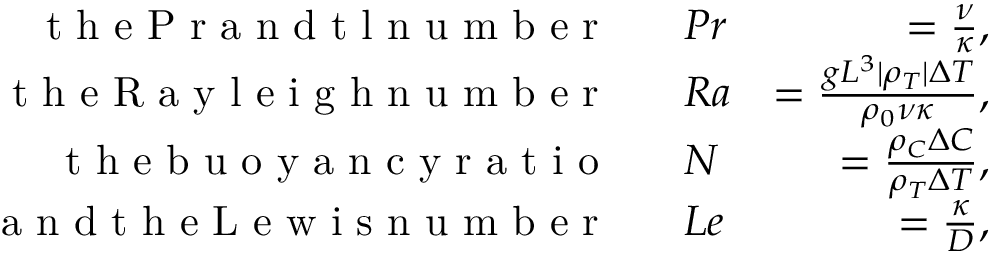
\begin{array} { r l r } { \textrm { t h e P r a n d t l n u m b e r ~ } } & { P r } & { = \frac { \nu } { \kappa } , } \\ { \textrm { t h e R a y l e i g h n u m b e r ~ } } & { R a } & { = \frac { g L ^ { 3 } | \rho _ { T } | \Delta T } { \rho _ { 0 } \nu \kappa } , } \\ { \textrm { t h e b u o y a n c y r a t i o ~ } } & { N } & { = \frac { \rho _ { C } \Delta C } { \rho _ { T } \Delta T } , } \\ { \textrm { a n d t h e L e w i s n u m b e r ~ } } & { L e } & { = \frac { \kappa } { D } , } \end{array}